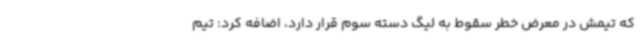
که تیمش در معرض خطر سقوط به لیگ دسته سوم قرار دارد، اضافه کرد: تیم